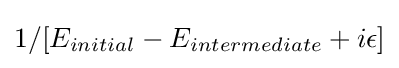
{1/[E_{initial}-E_{intermediate}+i\epsilon ]}